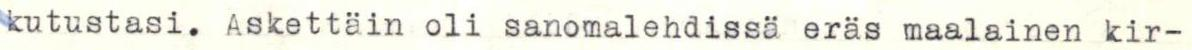
kutustasi. Askettäin oli sanomalehdissä eräs maalainen kir-